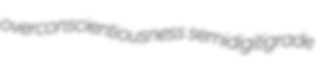
overconscientiousness semidigitigrade